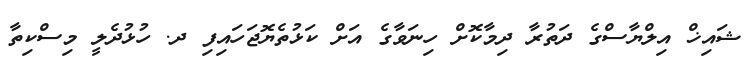
ޝައިޚް އިލްޔާސްގެ ދަތުރާ ދިމާކޮށް ހިނަވާގެ އަށް ކަޅުތެޔޮޖަހައިފި ދ. ހުޅުދެލީ މިސްކިތާ